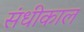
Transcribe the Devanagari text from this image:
संधीकाल